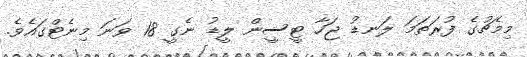
މިމެޗުގެ ފުރަތަމަ ލަނޑު ޖަހާ ޓީސީން ލީޑު ނެގީ 18 ވަނަ މިނެޓްގައެވެ.